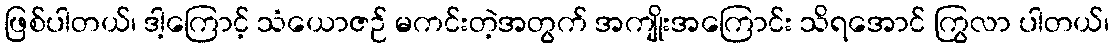
ဖြစ်ပါတယ်၊ ဒါ့ကြောင့် သံယောဇဉ် မကင်းတဲ့အတွက် အကျိုးအကြောင်း သိရအောင် ကြွလာ ပါတယ်၊